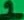
Text: 1